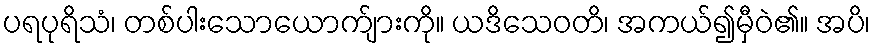
ပရပုရိသံ၊ တစ်ပါးသောယောက်ျားကို။ ယဒိသေဝတိ၊ အကယ်၍မှီဝဲ၏။ အပိ၊